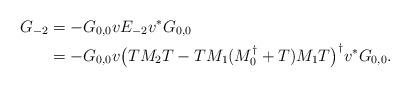
LaTeX: \begin{align*}G_{-2}&=-G_{0,0}vE_{-2}v^*G_{0,0}\\&=-G_{0,0}v\bigl(TM_2T-TM_1(M_0^\dagger +T)M_1T\bigr)^\dagger v^*G_{0,0}.\end{align*}